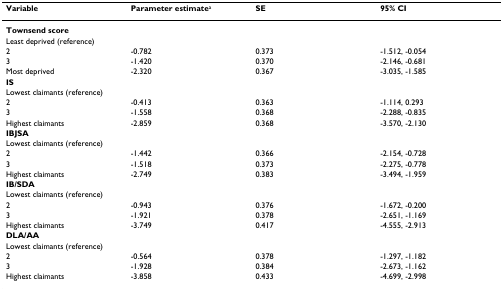
| Variable | Parameter estimatea | SE | 95% CI |
 | --- | --- | --- | --- |
 | Townsend score |  |  |  |
 | Least deprived (reference) |  |  |  |
 | 2 | -0.782 | 0.373 | -1.512, -0.054 |
 | 3 | -1.420 | 0.370 | -2.146, -0.681 |
 | Most deprived | -2.320 | 0.367 | -3.035, -1.585 |
 | IS |  |  |  |
 | Lowest claimants (reference) |  |  |  |
 | 2 | -0.413 | 0.363 | -1.114, 0.293 |
 | 3 | -1.558 | 0.368 | -2.288, -0.835 |
 | Highest claimants | -2.859 | 0.368 | -3.570, -2.130 |
 | IBJSA |  |  |  |
 | Lowest claimants (reference) |  |  |  |
 | 2 | -1.442 | 0.366 | -2.154, -0.728 |
 | 3 | -1.518 | 0.373 | -2.275, -0.778 |
 | Highest claimants | -2.749 | 0.383 | -3.494, -1.959 |
 | IB/SDA |  |  |  |
 | Lowest claimants (reference) |  |  |  |
 | 2 | -0.943 | 0.376 | -1.672, -0.200 |
 | 3 | -1.921 | 0.378 | -2.651, -1.169 |
 | Highest claimants | -3.749 | 0.417 | -4.555, -2.913 |
 | DLA/AA |  |  |  |
 | Lowest claimants (reference) |  |  |  |
 | 2 | -0.564 | 0.378 | -1.297, -1.182 |
 | 3 | -1.928 | 0.384 | -2.673, -1.162 |
 | Highest claimants | -3.858 | 0.433 | -4.699, -2.998 |